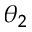
\theta _ { 2 }